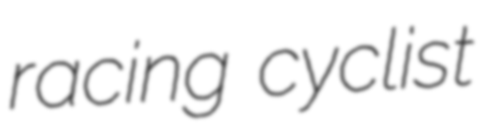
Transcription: racing cyclist